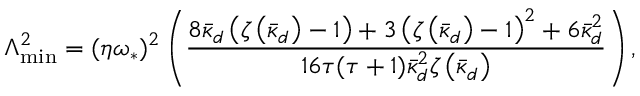
\Lambda _ { \mathrm { m i n } } ^ { 2 } = ( \eta \omega _ { \ast } ) ^ { 2 } \left( \frac { 8 \bar { \kappa } _ { d } \left( \zeta \left( \bar { \kappa } _ { d } \right) - 1 \right) + 3 \left( \zeta \left( \bar { \kappa } _ { d } \right) - 1 \right) ^ { 2 } + 6 \bar { \kappa } _ { d } ^ { 2 } } { 1 6 \tau ( \tau + 1 ) \bar { \kappa } _ { d } ^ { 2 } \zeta \left( \bar { \kappa } _ { d } \right) } \right) ,